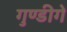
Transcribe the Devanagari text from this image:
गुण्डीगे